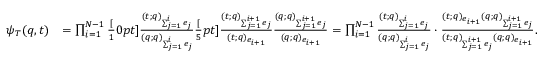
\begin{array} { r l } { \psi _ { T } ( q , t ) } & { = \prod _ { i = 1 } ^ { N - 1 } \frac [ 1 0 p t ] { \frac { ( t ; q ) _ { \sum _ { j = 1 } ^ { i } e _ { j } } } { ( q ; q ) _ { \sum _ { j = 1 } ^ { i } e _ { j } } } } { \frac [ 5 p t ] { \frac { ( t ; q ) _ { \sum _ { j = 1 } ^ { i + 1 } e _ { j } } } { ( t ; q ) _ { e _ { i + 1 } } } } { \frac { ( q ; q ) _ { \sum _ { j = 1 } ^ { i + 1 } e _ { j } } } { ( q ; q ) _ { e _ { i + 1 } } } } } = \prod _ { i = 1 } ^ { N - 1 } \frac { ( t ; q ) _ { \sum _ { j = 1 } ^ { i } e _ { j } } } { ( q ; q ) _ { \sum _ { j = 1 } ^ { i } e _ { j } } } \cdot \frac { ( t ; q ) _ { e _ { i + 1 } } ( q ; q ) _ { \sum _ { j = 1 } ^ { i + 1 } e _ { j } } } { ( t ; q ) _ { \sum _ { j = 1 } ^ { i + 1 } e _ { j } } ( q ; q ) _ { e _ { i + 1 } } } . } \end{array}